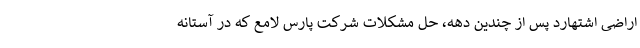
اراضی اشتهارد پس از چندین دهه، حل مشکلات شرکت پارس لامع که در آستانه